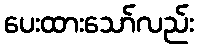
ပေးထားသော်လည်း